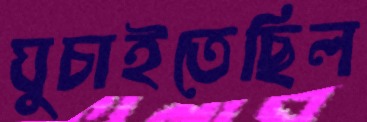
ঘুচাইতেছিল